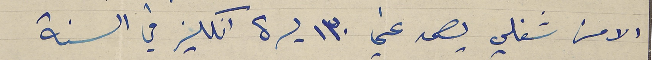
الا من شغلي يصمد عني ١٣٠ ليره انكليز في السنة